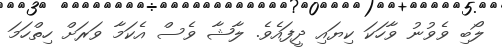
ލޯބި ވެވުނު ވާހަކަ ކިޔައި ދީފައެވެ. ލާޝާ ވެސް އެކަމާ ވަރަށް ހިތްހަމަ